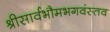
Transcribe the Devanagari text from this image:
श्रीसार्वभौमभगवंस्तव